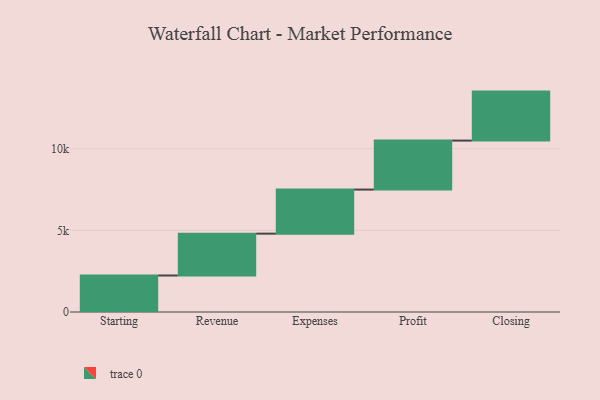
{"axis": {"x": "Step", "y": "Value"}, "legend": [""], "data": [{"x": "Starting", "y": 2235.0, "type": ""}, {"x": "Revenue", "y": 2563.0, "type": ""}, {"x": "Expenses", "y": 2699.0, "type": ""}, {"x": "Profit", "y": 3000, "type": ""}, {"x": "Closing", "y": 3000, "type": ""}]}